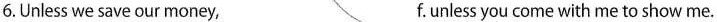
6.Unless we save our money, f. unless you come with me to show me.